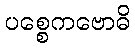
ပစ္စေကဗောဓိ